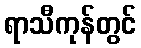
ရာသီကုန်တွင်